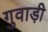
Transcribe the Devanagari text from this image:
गुवाड़ी